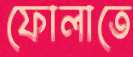
ফোলাতে